Annual vaccination report of Bihar and Orissa - 1911-1928
Year: 1911
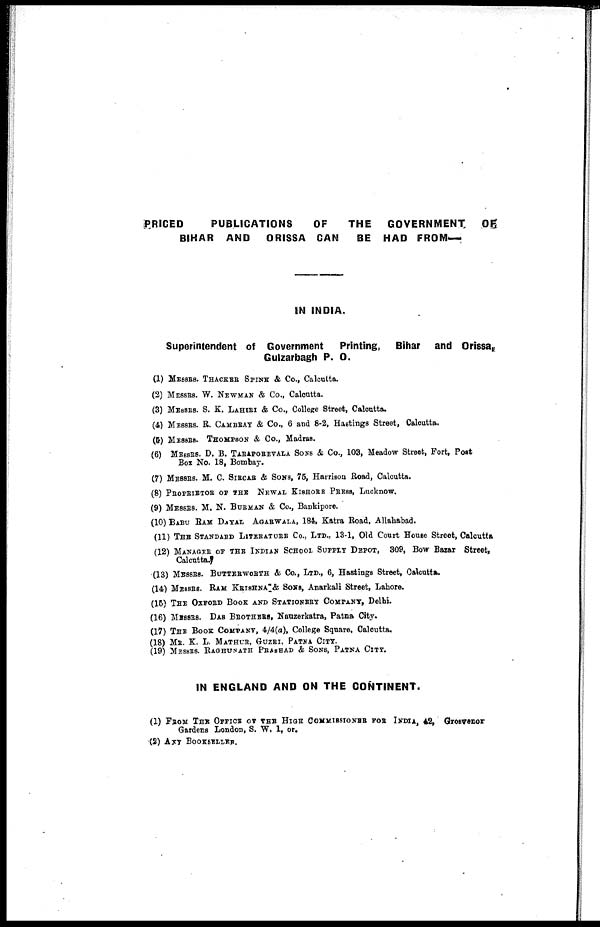
PRICED
PUBLICATIONS
OF
THE
GOVERNMENT
OF
BIHAR AND ORISSA CAN
BE HAD FROM—
IN INDIA.
Superintendent of Government
Printing, Bihar and Orissa,
Gulzarbagh P. O.
(1) MESSRS. THACKER SPINK & Co., Calcutta.
(2) MESSRS. W. NEWMAN & Co., Calcutta.
(3) MESSRS. S. K. LAHIRI & Co., College Street, Calcutta.
(4) MESSRS. R. CAMBRAY & Co., 6 and 8-2, Hastings Street, Calcutta.
(5) MESSRS. THOMPSON & Co., Madras.
(6) MESSRS. D. B. TARAPOREVALA SONS & Co., 103, Meadow Street, Fort, Post
Box No. 18, Bombay.
(7) MESSRS. M. C. SIRCAR & SONS, 75, Harrison Road, Calcutta.
(8) PROPRIETOR OF THE NEWAL KISHORE PRESS, Lucknow.
(9) MESSRS. M. N. BURMAN & Co., Bankipore.
(10) BABU RAM DAYAL AGARWALA, 184, Katra Road, Allahabad.
(11) THE STANDARD LITERATURE Co., LTD., 13-1, Old Court House Street, Calcutta
(12) MANAGER OF THE INDIAN SCHOOL SUPPLY DEPOT, 309, Bow Bazar Street,
Calcutta.
(13) MESSRS. BUTTERWORTH & Co., LTD., 6, Hastings Street, Calcutta.
(14) MESSRS. RAM KRISHNA & SONS, Anarkali Street, Lahore.
(15) THE OXFORD BOOK AND STATIONERY COMPANY, Delhi.
(16) MESSRS. DAS BROTHERS, Nauzerkatra, Patna City.
(17) THE BOOK COMPANY, 4/4(a), College Square, Calcutta.
(18) MR. K. L. MATHUR, GUZRI, PATNA CITY.
(19) MESSRS. RAGHUNATH PRASHAD & SONS, PATNA CITY.
IN ENGLAND AND ON THE CONTINENT.
(1) FROM THE OFFICE OF THE HIGH COMMISSIONER FOR INDIA, 42, Grosvenor
Gardens London, S. W. I, or.
(2) ANY BOOKSELLER.